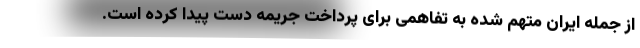
از جمله ایران متهم شده به تفاهمی برای پرداخت جریمه دست پیدا کرده است.